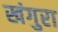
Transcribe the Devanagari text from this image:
खंगुरा